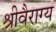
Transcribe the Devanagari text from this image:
श्रीवैराग्य